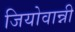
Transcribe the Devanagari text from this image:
जियोवान्नी